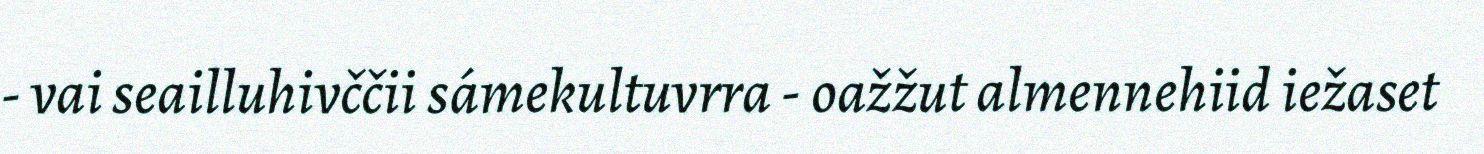
- vai seailluhivččii sámekultuvrra - oažžut almennehiid iežaset